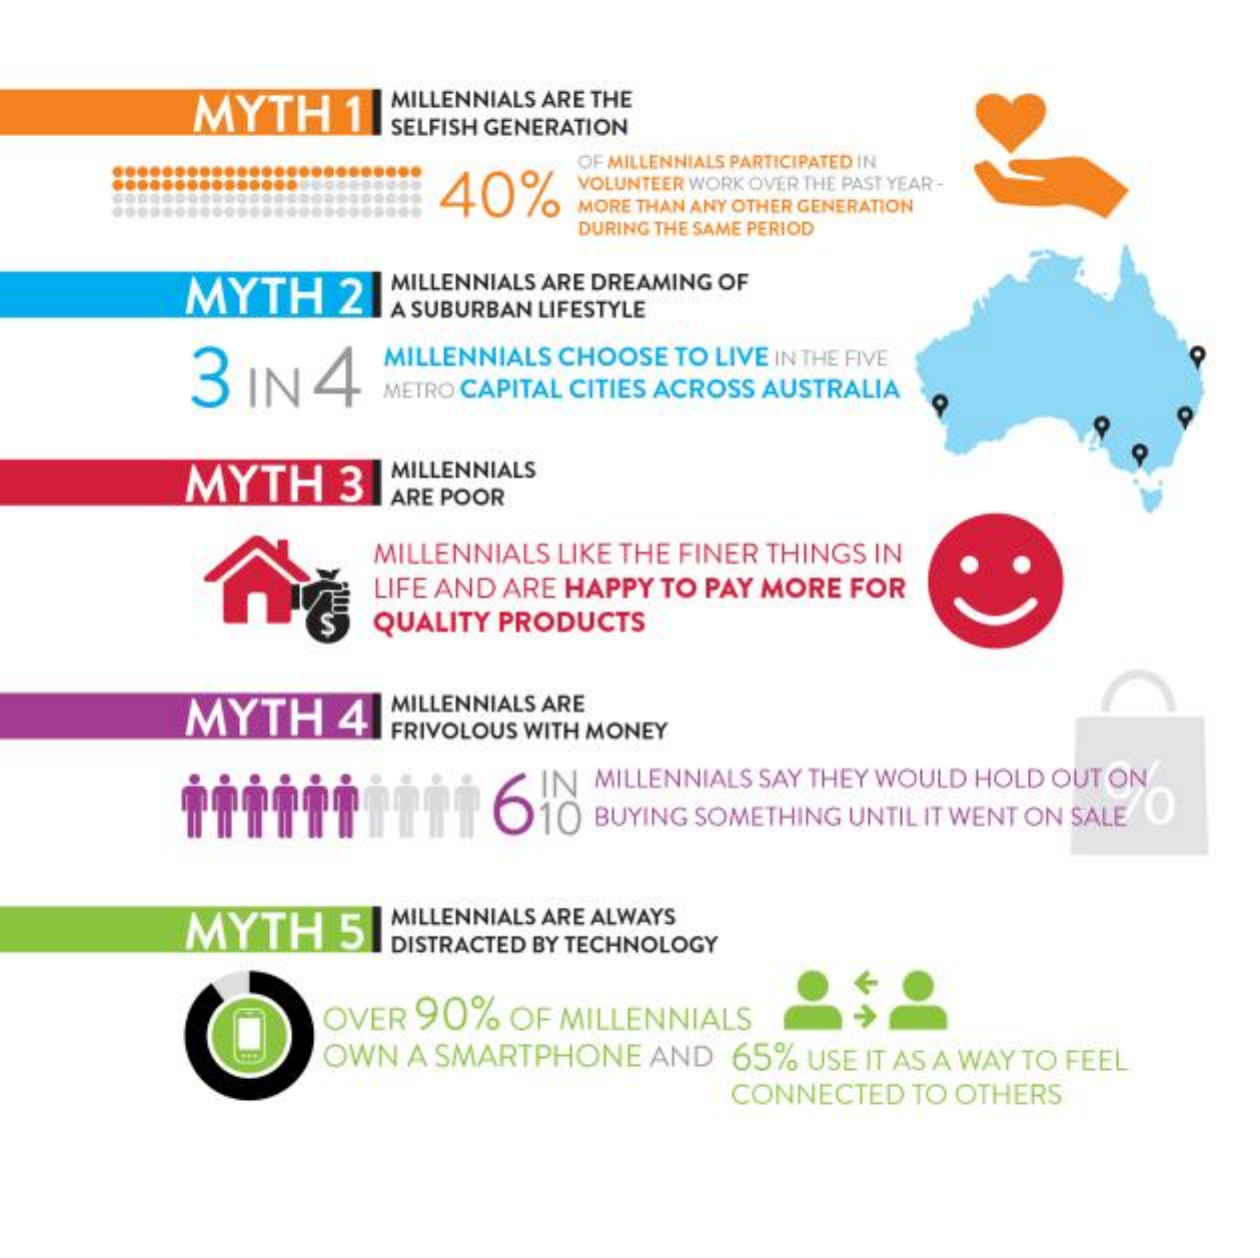
MYTH  1
     MILLENNIALS ARE THE
     SELFISH GENERATION
     40%
     OF MILLENNIALS PARTICIPATED IN
     VOLUNTEER WORK OVER THE PAST YEAR -
     MORE THAN ANY OTHER GENERATION
     DURING THE SAME PERIOD
     MYTH  2
     MILLENNIALS ARE DREAMING OF
     A SUBURBAN LIFESTYLE
     3 IN 4
     MILLENNIALS CHOOSE TO LIVE IN THE FIVE
     METRO CAPITAL CITIES ACROSS AUSTRALIA
     MYTH   3
     MILLENNIALS
     ARE POOR
     MILLENNIALS LIKE THE FINER THINGS IN
     LIFE AND ARE HAPPY TO PAY MORE FOR
     QUALITY PRODUCTS
     MYTH   4 MILLENNIALS ARE
     FRIVOLOUS WITH MONEY
     HiTitTET    610 BUYING SOMETHING UNTIL IT WENT ON SALE
     IN MILLENNIALS SAY THEY WOULD HOLD OUT ON
     MYTH   51 MILLENNIALS ARE ALWAYS
     DISTRACTED BY TECHNOLOGY
     OVER 90% OF MILLENNIALS
     OWN A SMARTPHONE AND 65% USE IT AS A WAY TO FEEL
     CONNECTED TO OTHERS